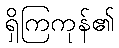
ရှိကြကုန်၏